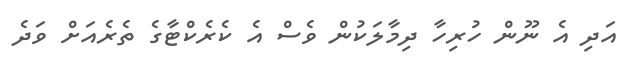
އަދި އެ ނޫން ހުރިހާ ދިމާލަކުން ވެސް އެ ކެރެކްޓާގެ ތެރެއަށް ވަދެ